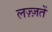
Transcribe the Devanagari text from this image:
लज़्ज़तें